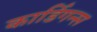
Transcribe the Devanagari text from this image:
कार्डिगन्स